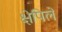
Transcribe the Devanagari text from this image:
क्षेपिले